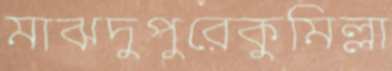
মাঝদুপুরেকুমিল্লা